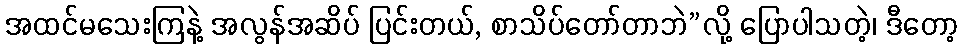
အထင်မသေးကြနဲ့ အလွန်အဆိပ် ပြင်းတယ်, စာသိပ်တော်တာဘဲ”လို့ ပြောပါသတဲ့၊ ဒီတော့